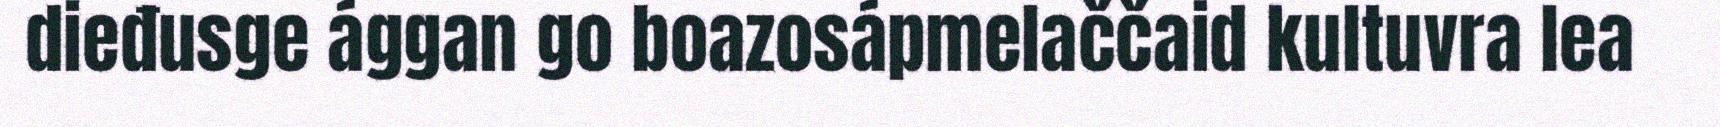
dieđusge ággan go boazosápmelaččaid kultuvra lea